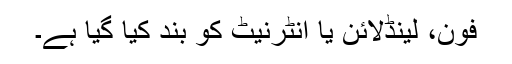
فون، لینڈلائن یا انٹرنیٹ کو بند کیا گیا ہے۔